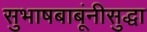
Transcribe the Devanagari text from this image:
सुभाषबाबूंनीसुद्धा